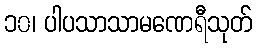
၁၀၊ ပါပသာသာမဏေရီသုတ်